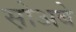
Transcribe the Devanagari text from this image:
स़ोअबे